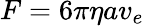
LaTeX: F=6\pi\eta av_{e}